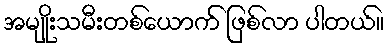
အမျိုးသမီးတစ်ယောက် ဖြစ်လာ ပါတယ်။